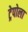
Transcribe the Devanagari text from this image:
ट्रेपोला